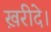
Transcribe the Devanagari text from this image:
ख़रीदे।